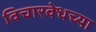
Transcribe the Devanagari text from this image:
विचारवेधच्या